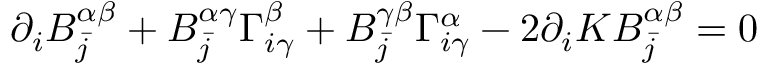
\partial _ { i } B _ { \bar { j } } ^ { \alpha \beta } + B _ { \bar { j } } ^ { \alpha \gamma } \Gamma _ { i \gamma } ^ { \beta } + B _ { \bar { j } } ^ { \gamma \beta } \Gamma _ { i \gamma } ^ { \alpha } - 2 \partial _ { i } K B _ { \bar { j } } ^ { \alpha \beta } = 0